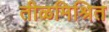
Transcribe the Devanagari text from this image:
तीळमिश्रित